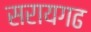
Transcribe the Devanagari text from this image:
सरायगढ